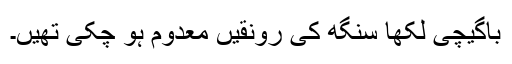
باگیچی لکھا سنگھ کی رونقیں معدوم ہو چکی تھیں۔